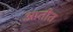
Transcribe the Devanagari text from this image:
आतीत